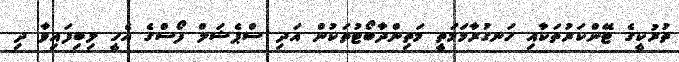
ތުރުކީގެ ޓޭންކަރުތަކާއި ހަނގުރާމަމަތީ މަތިންދާބޯޓުތަކުން އަދި ސްޕެޝަލް ފޯސްގެ އެހީ ލިބިފައިވާ ދި